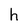
Character: h